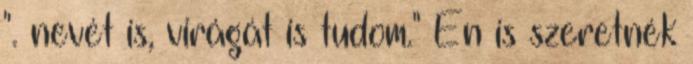
". nevét is, virágát is tudom." Én is szeretnék